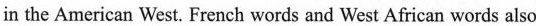
in the American West. French words and West African words also